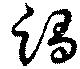
躅